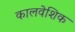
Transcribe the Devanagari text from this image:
कालवेशिक